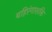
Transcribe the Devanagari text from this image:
बहिरंगाशक्ति